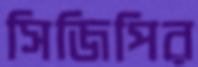
সিজিপির